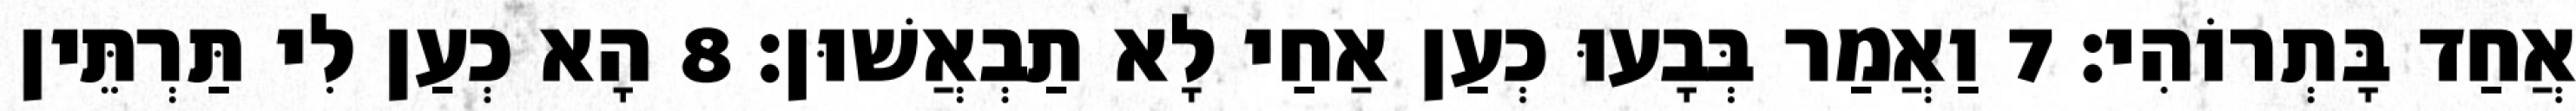
אֲחַד בָּתְרוֹהִי׃ 7 וַאֲמַר בְּבָעוּ כְעַן אַחַי לָא תַבְאֲשׁוּן׃ 8 הָא כְעַן לִי תַּרְתֵּין